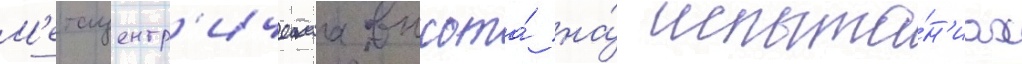
М'етацентр'ическаа высота́ на́ испыта́н'иах